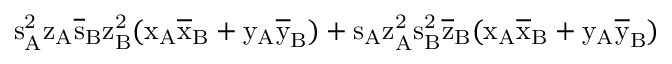
\mathrm { s _ { A } ^ { 2 } \mathrm { z _ { A } \mathrm { \overline { { s } } _ { B } \mathrm { z _ { B } ^ { 2 } ( \mathrm { x _ { A } \mathrm { \overline { { x } } _ { B } + \mathrm { y _ { A } \mathrm { \overline { { y } } _ { B } ) + \mathrm { s _ { A } \mathrm { z _ { A } ^ { 2 } \mathrm { s _ { B } ^ { 2 } \mathrm { \overline { { z } } _ { B } ( \mathrm { x _ { A } \mathrm { \overline { { x } } _ { B } + \mathrm { y _ { A } \mathrm { \overline { { y } } _ { B } ) } } } } } } } } } } } } } } } }